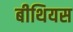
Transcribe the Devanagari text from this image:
बीथियस